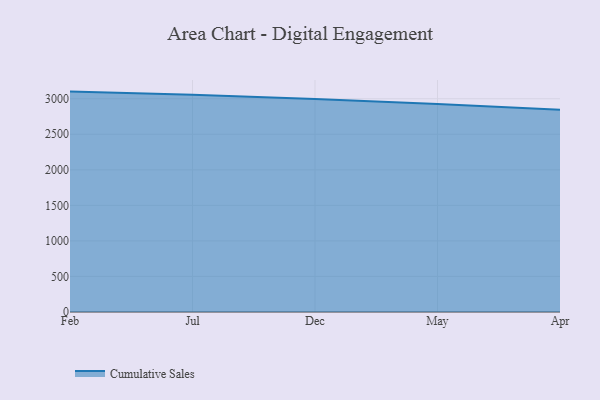
{"axis": {"x": "Month", "y": "Bounce Rate (%)"}, "legend": ["Cumulative Sales"], "data": [{"x": "Feb", "y": 3100.1, "type": "Cumulative Sales"}, {"x": "Jul", "y": 3056.7, "type": "Cumulative Sales"}, {"x": "Dec", "y": 2996.4, "type": "Cumulative Sales"}, {"x": "May", "y": 2926.0, "type": "Cumulative Sales"}, {"x": "Apr", "y": 2844.7, "type": "Cumulative Sales"}]}